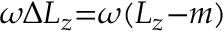
\omega \Delta { \cal L } _ { z } { = } \omega ( { \cal L } _ { z } { - } m )